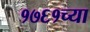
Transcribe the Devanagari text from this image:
१७६१च्या